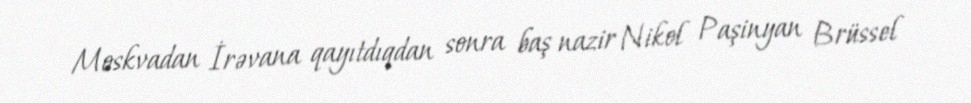
Moskvadan İrəvana qayıtdıqdan sonra baş nazir Nikol Paşinyan Brüssel